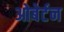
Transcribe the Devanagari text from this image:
ओबेर्टन